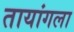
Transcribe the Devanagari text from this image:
तायांगला